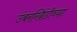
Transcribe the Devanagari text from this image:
उंबरखिंडीच्या